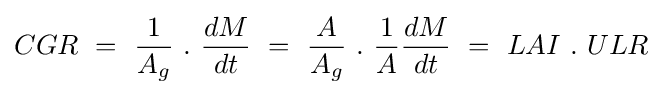
CGR\ =\ {\frac {1}{A_{g}}}\ .\ {\frac {dM}{dt}}\ =\ {\frac {A}{A_{g}}}\ .\ {\frac {1}{A}}{\frac {dM}{dt}}\ =\ LAI\ .\ ULR